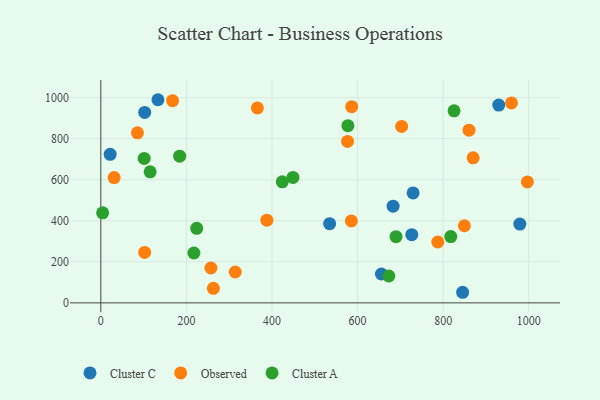
{"axis": {"x": "Experience", "y": "Salary"}, "legend": ["Cluster A", "Cluster C", "Observed"], "data": [{"x": "729.7", "y": 535.8, "type": "Cluster C"}, {"x": "929.9", "y": 963.8, "type": "Cluster C"}, {"x": "726.7", "y": 332.4, "type": "Cluster C"}, {"x": "133.5", "y": 990.0, "type": "Cluster C"}, {"x": "979.2", "y": 383.9, "type": "Cluster C"}, {"x": "102.5", "y": 928.2, "type": "Cluster C"}, {"x": "845.5", "y": 51.6, "type": "Cluster C"}, {"x": "683.0", "y": 471.2, "type": "Cluster C"}, {"x": "534.7", "y": 385.9, "type": "Cluster C"}, {"x": "21.8", "y": 724.1, "type": "Cluster C"}, {"x": "655.8", "y": 140.7, "type": "Cluster C"}, {"x": "365.9", "y": 950.1, "type": "Observed"}, {"x": "263.0", "y": 70.8, "type": "Observed"}, {"x": "167.6", "y": 985.5, "type": "Observed"}, {"x": "860.4", "y": 841.5, "type": "Observed"}, {"x": "849.6", "y": 375.8, "type": "Observed"}, {"x": "102.4", "y": 246.0, "type": "Observed"}, {"x": "388.1", "y": 403.1, "type": "Observed"}, {"x": "787.5", "y": 296.7, "type": "Observed"}, {"x": "586.3", "y": 956.2, "type": "Observed"}, {"x": "257.3", "y": 170.0, "type": "Observed"}, {"x": "31.1", "y": 610.5, "type": "Observed"}, {"x": "870.1", "y": 706.9, "type": "Observed"}, {"x": "996.8", "y": 589.4, "type": "Observed"}, {"x": "959.7", "y": 974.2, "type": "Observed"}, {"x": "576.5", "y": 787.0, "type": "Observed"}, {"x": "85.6", "y": 828.9, "type": "Observed"}, {"x": "703.0", "y": 859.9, "type": "Observed"}, {"x": "585.4", "y": 399.3, "type": "Observed"}, {"x": "314.2", "y": 150.3, "type": "Observed"}, {"x": "449.0", "y": 611.5, "type": "Cluster A"}, {"x": "184.2", "y": 714.7, "type": "Cluster A"}, {"x": "115.2", "y": 638.4, "type": "Cluster A"}, {"x": "673.0", "y": 130.8, "type": "Cluster A"}, {"x": "817.8", "y": 323.0, "type": "Cluster A"}, {"x": "689.9", "y": 322.4, "type": "Cluster A"}, {"x": "101.3", "y": 703.8, "type": "Cluster A"}, {"x": "224.1", "y": 363.2, "type": "Cluster A"}, {"x": "217.5", "y": 243.0, "type": "Cluster A"}, {"x": "4.2", "y": 438.9, "type": "Cluster A"}, {"x": "424.1", "y": 589.8, "type": "Cluster A"}, {"x": "577.4", "y": 863.5, "type": "Cluster A"}, {"x": "825.5", "y": 935.7, "type": "Cluster A"}]}